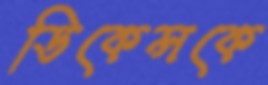
ডিকেন্সকে